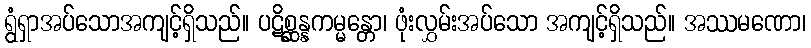
ရွံရှာအပ်သောအကျင့်ရှိသည်။ ပဋိစ္ဆန္နကမ္မန္တော၊ ဖုံးလွှမ်းအပ်သော အကျင့်ရှိသည်။ အဿမဏော၊